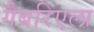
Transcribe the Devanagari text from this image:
गैबरिएला